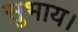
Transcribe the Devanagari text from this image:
सुभाय।